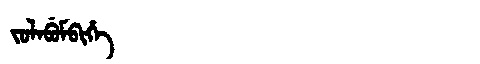
Manchu: ᠵᠣᠯᠠᠪᡠᠮᠪᡳᡥᡝ
Romanization: JOLABUMBIHE